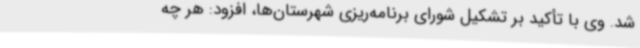
شد. وی با تأکید بر تشکیل شورای برنامه‌ریزی شهرستان‌ها، افزود: هر چه